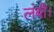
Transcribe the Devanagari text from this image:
लंबी।